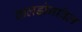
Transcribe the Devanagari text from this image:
वालड्रोनविल